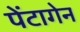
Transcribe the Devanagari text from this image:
पेंटागेन